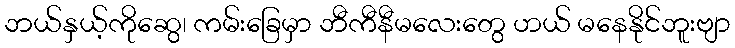
ဘယ်နှယ့်ကိုဆွေ၊ ကမ်းခြေမှာ ဘီကီနီမလေးတွေ ဟယ် မနေနိုင်ဘူးဗျာ